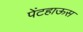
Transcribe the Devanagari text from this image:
पेंटहाऊस